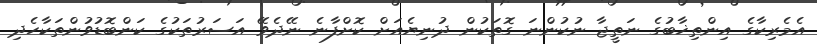
އެމެރިކާގެ އިންތިޚާބުގެ ނަތީޖާ ނުކުންނަ ގޮތަކުން ދުނިޔެއަށް ކޮށްފާނެ ނޭދެވޭ އަސަރުތަކުގެ ކަންބޮޑުވުންތަކާހެދި